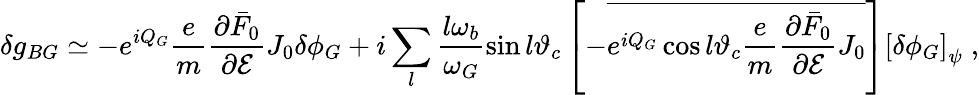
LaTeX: \delta g_{BG}\simeq-e^{iQ_{G}}\frac{e}{m}\frac{\partial\bar{F}_{0}}{\partial\mathcal{E}}J_{0}\delta\phi_{G}+i\sum_{l}\frac{l\omega_{b}}{\omega_{G}}\sin l\vartheta_{c}\left[-\overline{{e^{iQ_{G}}\cos l\vartheta_{c}\frac{e}{m}\frac{\partial\bar{F}_{0}}{\partial\mathcal{E}}J_{0}}}\right]\left[\delta\phi_{G}\right]_{\psi}\; ,